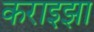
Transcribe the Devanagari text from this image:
कराइझा